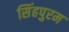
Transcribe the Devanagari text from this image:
सिंहपुरम